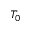
T _ { 0 }